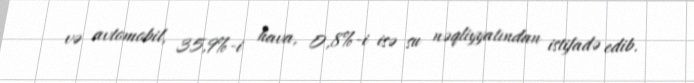
və avtomobil, 35,9%-i hava, 0,8%-i isə su nəqliyyatından istifadə edib.